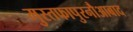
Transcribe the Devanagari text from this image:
मुस्तफापुरनौआबाद